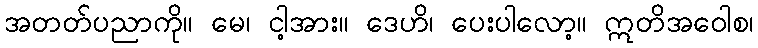
အတတ်ပညာကို။ မေ၊ ငါ့အား။ ဒေဟိ၊ ပေးပါလော့။ ဣတိအဝေါစ၊